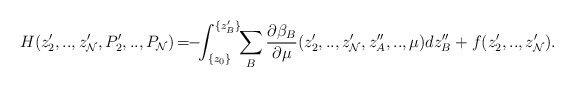
\begin{align*}H(z'_2,..,z'_{\cal N}, P'_2,..,P_{\cal N})\!=\!\!-\!\!\int_{\{z_0\}}^{\{z'_B\}}\!\!\sum_B\frac{\partial \beta_B}{\partial \mu}(z'_2,..,z'_{\cal N},z''_A,..,\mu) dz''_B +f(z'_2,..,z'_{\cal N}).\end{align*}